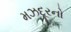
મઝદૂરનો